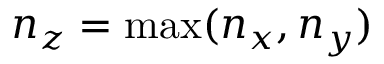
n _ { z } = \operatorname* { m a x } ( n _ { x } , n _ { y } )